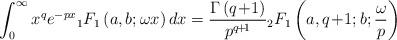
LaTeX: \begin{align*}\int_0^\infty {{x^q}{e^{ - px}}} {}_1{F_1}\left( {a,b;\omega x} \right)dx = \frac{{\Gamma \left( {q \!+\! 1} \right)}}{{{p^{q \!+\! 1}}}}{}_2{F_1}\left( {a,q \!+\! 1;b;\frac{\omega }{p}} \right)\end{align*}